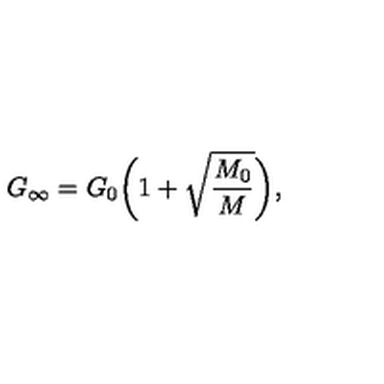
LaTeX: G _ { \infty } = G _ { 0 } \biggl ( 1 + \sqrt { \frac { M _ { 0 } } { M } } \biggr ) ,